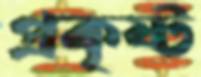
প্রকৃষ্ট